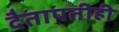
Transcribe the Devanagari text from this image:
दैतापतीही